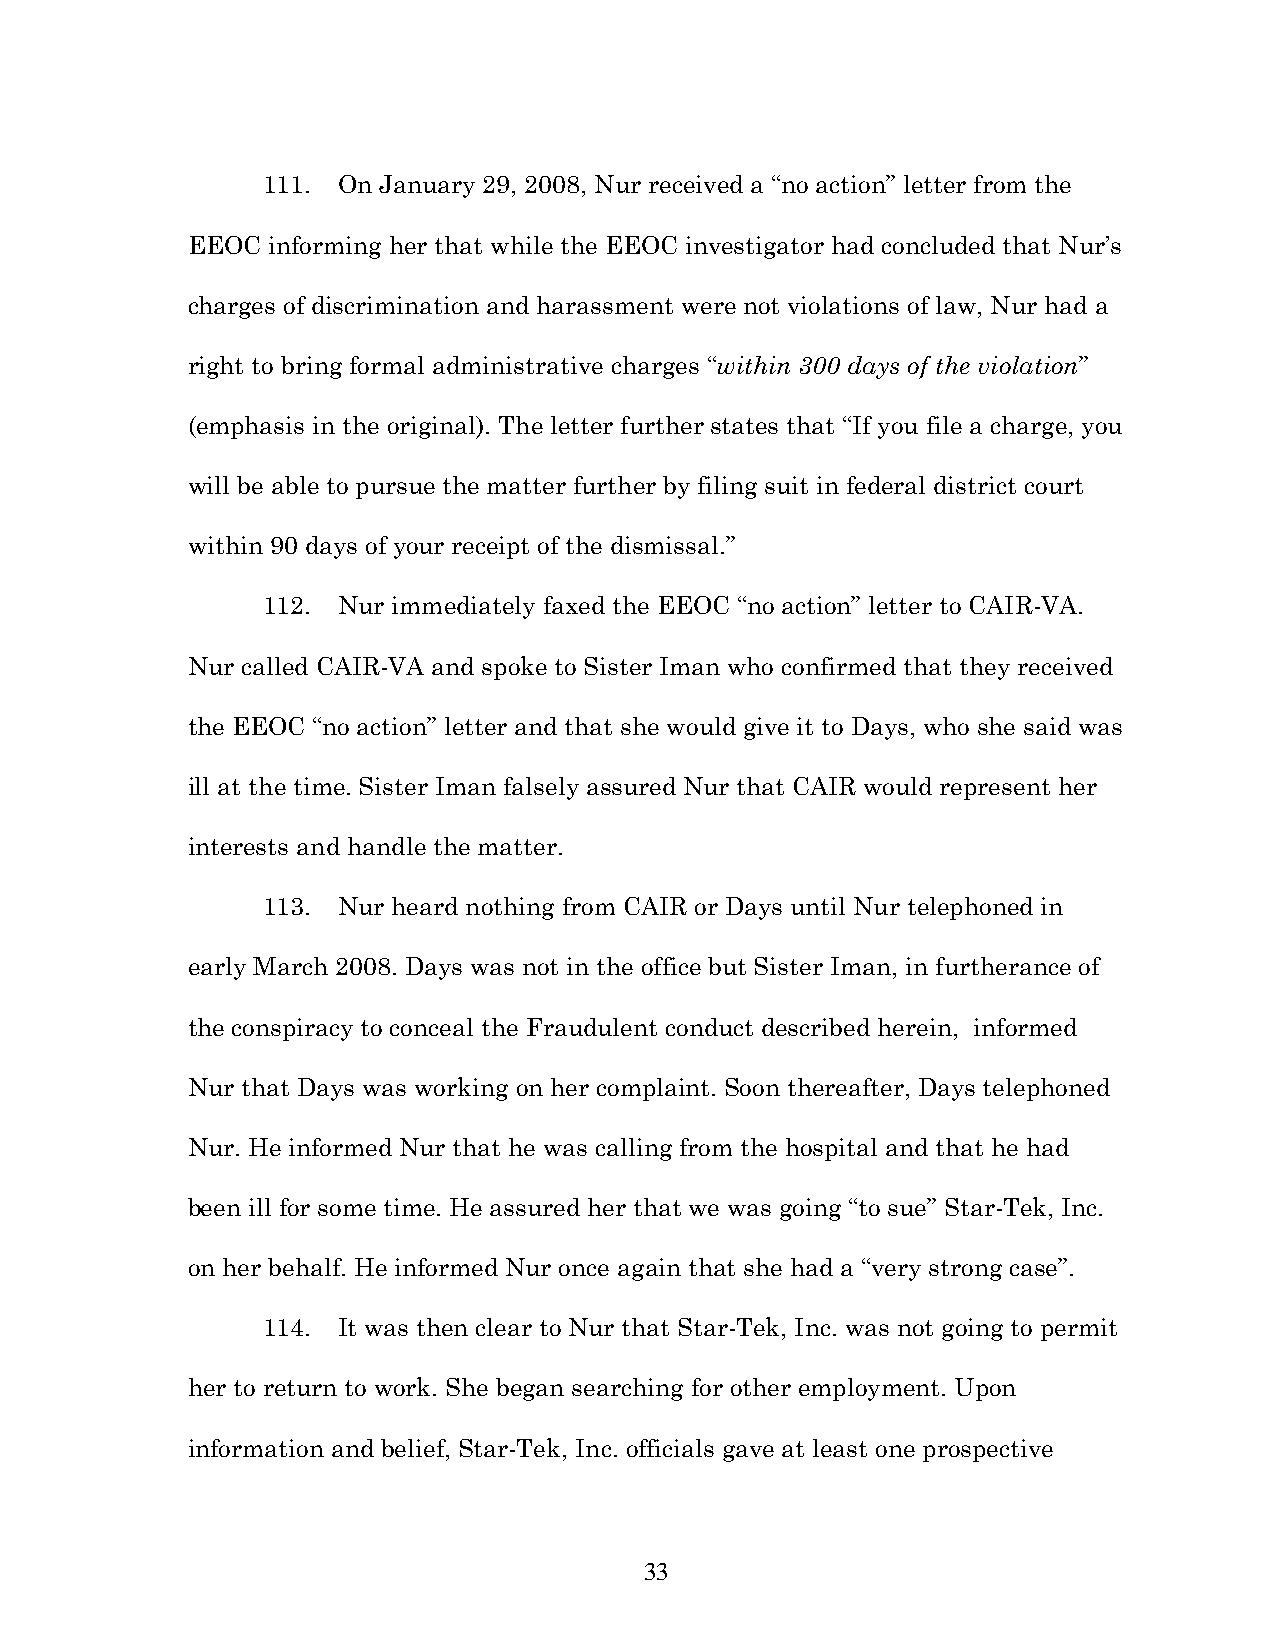
111. On January 29, 2008, Nur received a “no action” letter from the
 EEOC  informing her that while the EEOC investigator had concluded that Nur’s
 charges of discrimination and harassment were not violations of law, Nur had a
 right to bring formal administrative charges “within 300 days of the violation”
 (emphasis in the original). The letter further states that “If you file a charge, you
 will be able to pursue the matter further by filing suit in federal district court
 within 90 days of your receipt of the dismissal.”
 112. Nur immediately faxed the EEOC “no action” letter to CAIR-VA.
 Nur called CAIR-VA and spoke to Sister Iman who confirmed that they received
 the EEOC “no action” letter and that she would give it to Days, who she said was
 ill at the time. Sister Iman falsely assured Nur that CAIR would represent her
 interests and handle the matter.
 113. Nur heard nothing from CAIR or Days until Nur telephoned in
 early March 2008. Days was not in the office but Sister Iman, in furtherance of
 the conspiracy to conceal the Fraudulent conduct described herein, informed
 Nur that Days was working on her complaint. Soon thereafter, Days telephoned
 Nur. He informed Nur that he was calling from the hospital and that he had
 been ill for some time. He assured her that we was going “to sue” Star-Tek, Inc.
 on her behalf. He informed Nur once again that she had a “very strong case”.
 114. It was then clear to Nur that Star-Tek, Inc. was not going to permit
 her to return to work. She began searching for other employment. Upon
 information and belief, Star-Tek, Inc. officials gave at least one prospective
 33